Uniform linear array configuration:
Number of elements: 12
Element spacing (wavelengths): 1
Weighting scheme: uniform
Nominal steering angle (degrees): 15
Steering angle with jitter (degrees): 15.774
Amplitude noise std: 0.05
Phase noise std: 0.05

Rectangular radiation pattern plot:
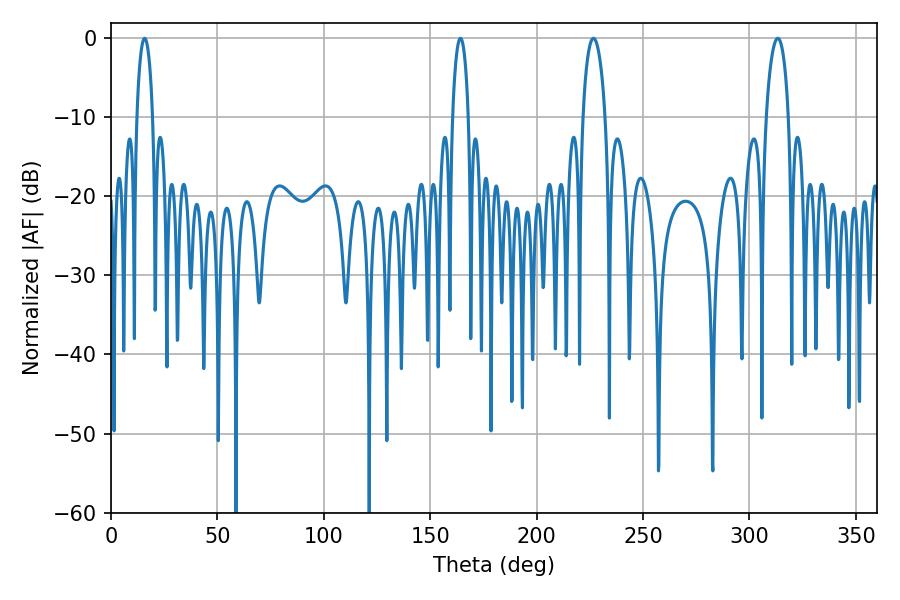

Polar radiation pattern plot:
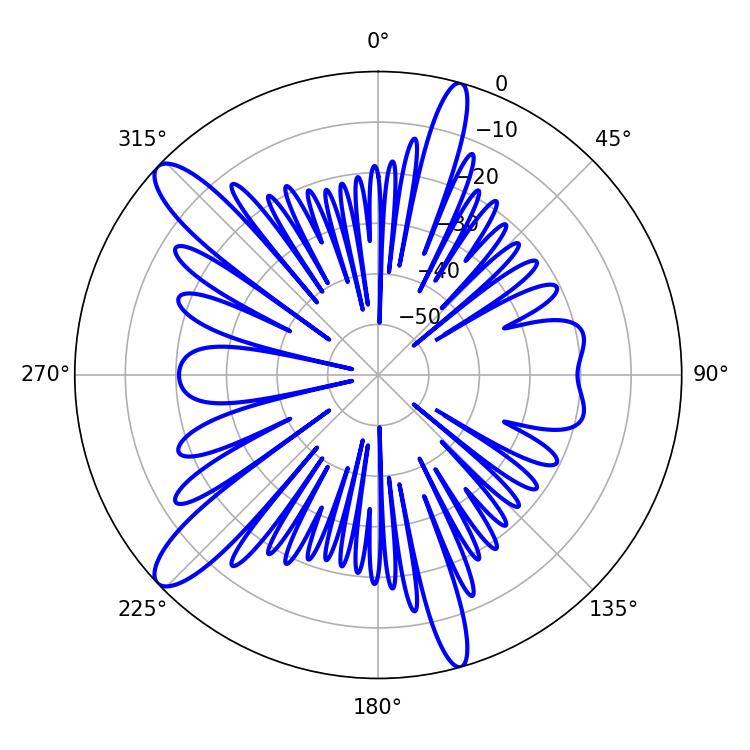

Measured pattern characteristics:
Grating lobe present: TRUE
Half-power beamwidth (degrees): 4.32
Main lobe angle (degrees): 15.84